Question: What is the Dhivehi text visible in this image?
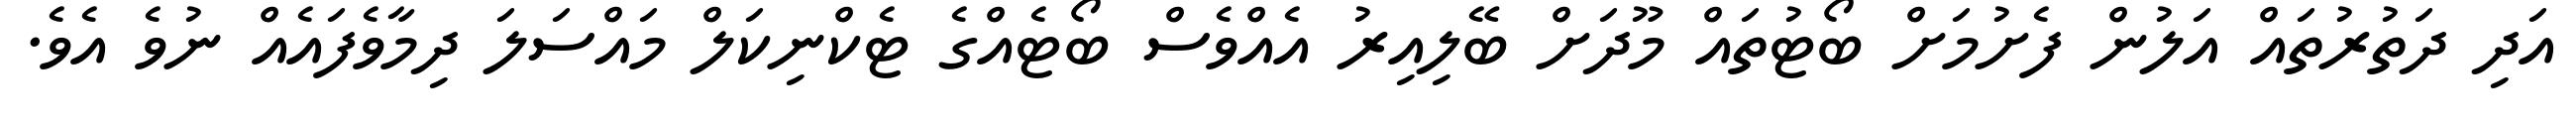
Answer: އަދި ދަތުރުތައް އަލުން ފެށުމަށް ބޯޓުތައް މޫދަށް ބޭލިއިރު އެއްވެސް ބޯޓެއްގެ ޓެކްނިކަލް މައްސަލަ ދިމާވެފައެއް ނުވެ އެވެ.